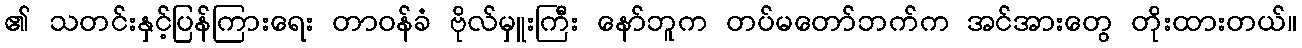
၏ သတင်းနှင့်ပြန်ကြားရေး တာဝန်ခံ ဗိုလ်မှူးကြီး နော်ဘူက တပ်မတော်ဘက်က အင်အားတွေ တိုးထားတယ်။